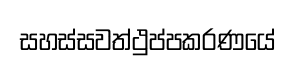
සහස්සවත්ථුප්පකරණයේ